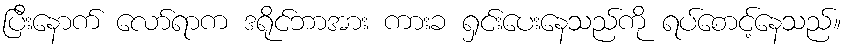
ပြီးနောက် လော်ရာက ဒရိုင်ဘာအား ကားခ ရှင်းပေးနေသည်ကို ရပ်စောင့်နေသည်။